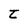
Character: t